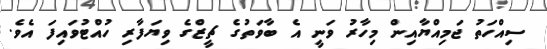
ސިއްހަތު ޖަމިއްޔާއިން މިހާރު ވަނީ އެ ބާވަތުގެ ޗީޒްގެ ވިޔަފާރި ހުއްޓުވައިފަ އެވެ.